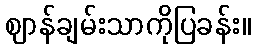
ဈာန်ချမ်းသာကိုပြခန်း။